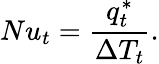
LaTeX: Nu_{t}=\frac{q_{t}^{*}}{\Delta T_{t}}.